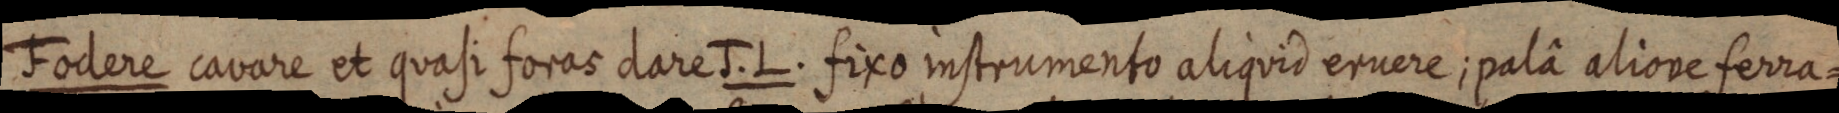
Fodere cavare et quasi foras dares. J. L. fixo instrumento aliquid eruere; palâ aliove ferra